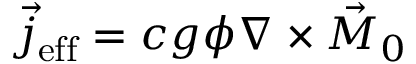
\vec { j } _ { \mathrm { e f f } } = c g \phi \nabla \times \vec { M } _ { 0 }